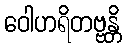
ဝေါဟရိတဗ္ဗန္တိ